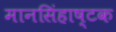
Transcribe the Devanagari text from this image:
मानसिंहाष्टक